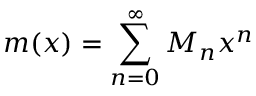
m ( x ) = \sum _ { n = 0 } ^ { \infty } M _ { n } x ^ { n }